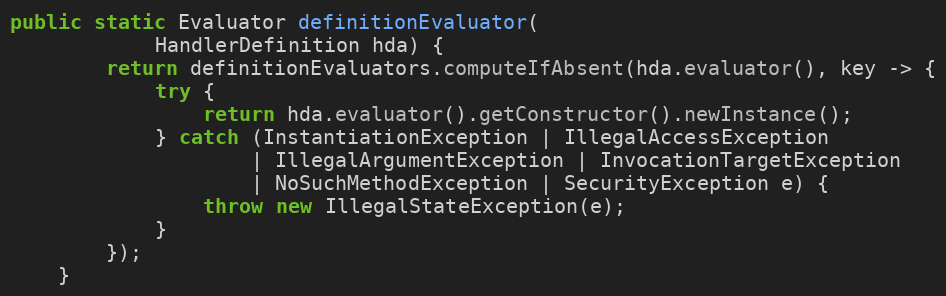
Language: Java
public static Evaluator definitionEvaluator(
            HandlerDefinition hda) {
        return definitionEvaluators.computeIfAbsent(hda.evaluator(), key -> {
            try {
                return hda.evaluator().getConstructor().newInstance();
            } catch (InstantiationException | IllegalAccessException
                    | IllegalArgumentException | InvocationTargetException
                    | NoSuchMethodException | SecurityException e) {
                throw new IllegalStateException(e);
            }
        });
    }